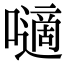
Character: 𡂓